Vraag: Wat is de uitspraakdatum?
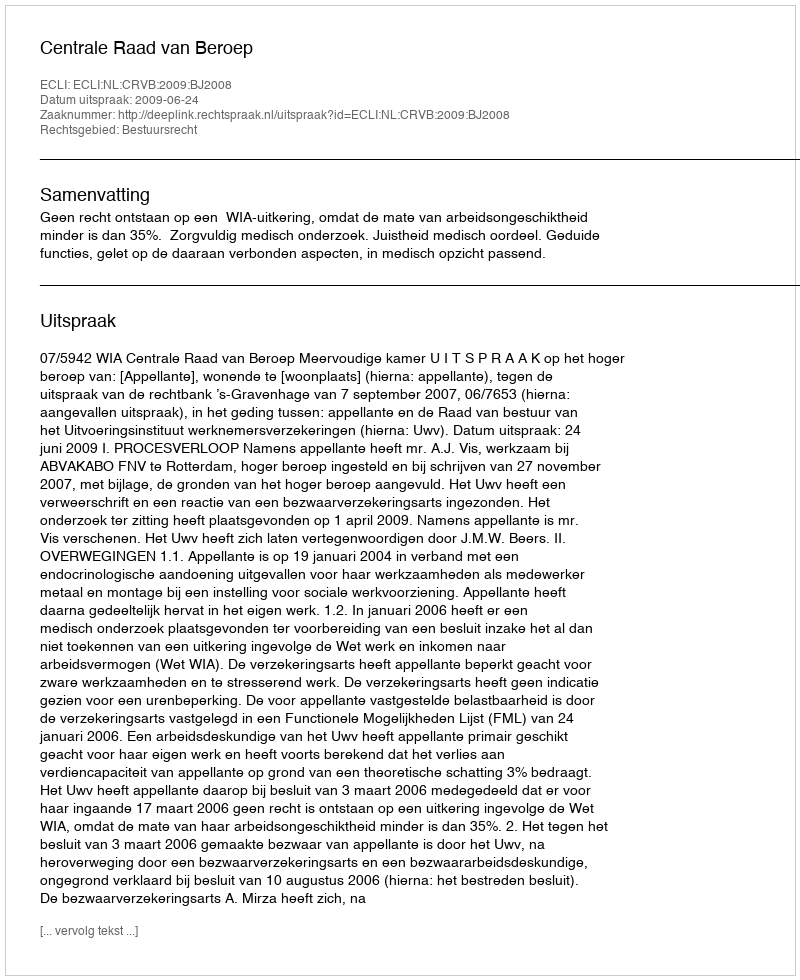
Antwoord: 2009-06-24